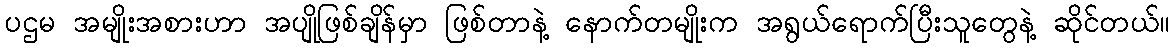
ပဌမ အမျိုးအစားဟာ အပျိုဖြစ်ချိန်မှာ ဖြစ်တာနဲ့ နောက်တမျိုးက အရွယ်ရောက်ပြီးသူတွေနဲ့ ဆိုင်တယ်။